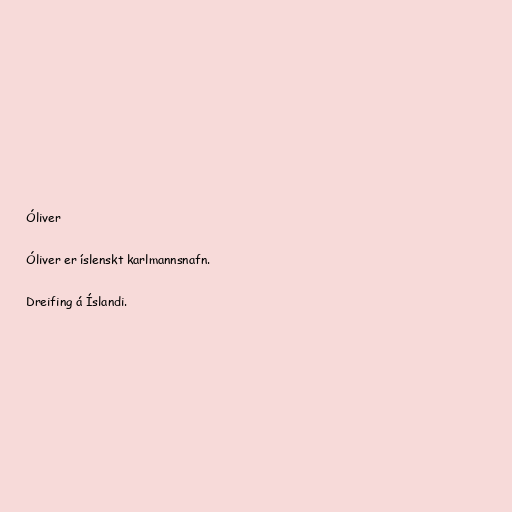
Óliver

Óliver er íslenskt karlmannsnafn.

Dreifing á Íslandi.